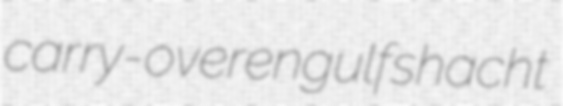
carry-over engulfs hacht